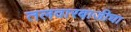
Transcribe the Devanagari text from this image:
तलवारबाजीचा